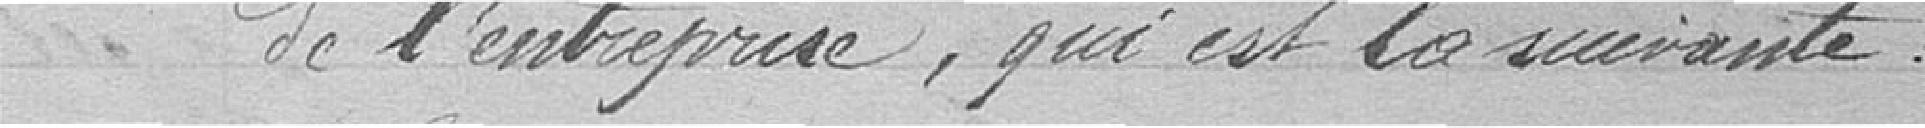
de l'entreprise, qui est la suivante :